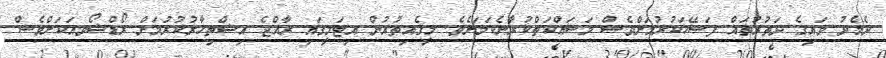
ދެމެދު ވައިގެ ދަތުރުތައް ފަސޭހަކުރުމަށްވެސް މަސައްކަތްކުރާނެކަމަށެވެ. މީގެއިތުރުން އިޓަލީގައި ރާއްޖެ އިޝްތިހާރުކުރުމަށް ރޯޑްޝޯވއަކަށްވެސް